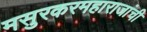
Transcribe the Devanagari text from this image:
मसुरकरमहाराजांची